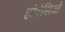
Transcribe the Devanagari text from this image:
होरेशिओ